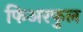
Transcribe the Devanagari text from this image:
फिअरफुल